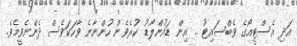
އަދި އެސްޓީއޯގެ ވެބްސައިޓު .. އިން ޑައުންލޯޑު ކުރެވެން ހުންނާނެ ވާހަކަވެސް ދެންނެވީމެވެ.